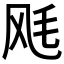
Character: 𲋏